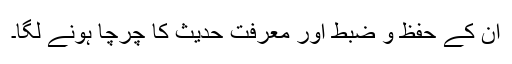
ان کے حفظ و ضبط اور معرفتِ حدیث کا چرچا ہونے لگا۔